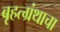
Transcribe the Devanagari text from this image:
बृहत्ग्रंथाचा